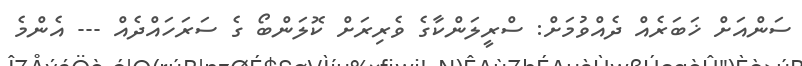
ސަންއަށް ޚަބަރެއް ދެއްވުމަށް: ސްރީލަންކާގެ ވެރިރަށް ކޮލަންބޯ ގެ ސަރަހައްދެއް --- އެންމެ